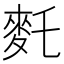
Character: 𪌂